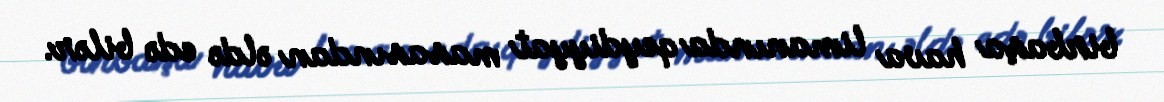
birbaşa hava limanında qeydiyyat masasından əldə edə bilər.